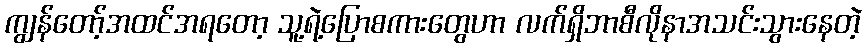
ကျွန်တော့်အထင်အရတော့ သူ့ရဲ့ပြောစကားတွေဟာ လက်ရှိဘာစီလိုနာအသင်းသွားနေတဲ့